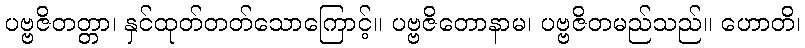
ပဗ္ဗဇိတတ္တာ၊ နှင်ထုတ်တတ်သောကြောင့်။ ပဗ္ဗဇိတောနာမ၊ ပဗ္ဗဇိတမည်သည်။ ဟောတိ၊